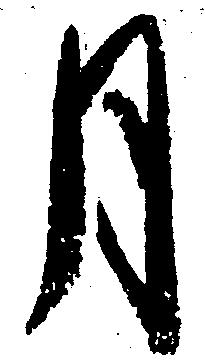
月